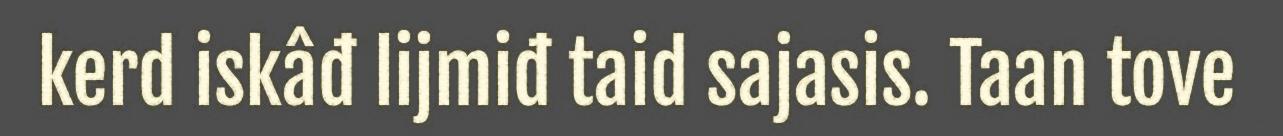
kerd iskâđ lijmiđ taid sajasis. Taan tove